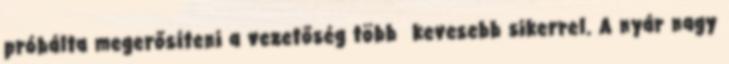
próbálta megerősíteni a vezetőség több kevesebb sikerrel. A nyár nagy